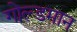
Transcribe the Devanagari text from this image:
गोल्डमान